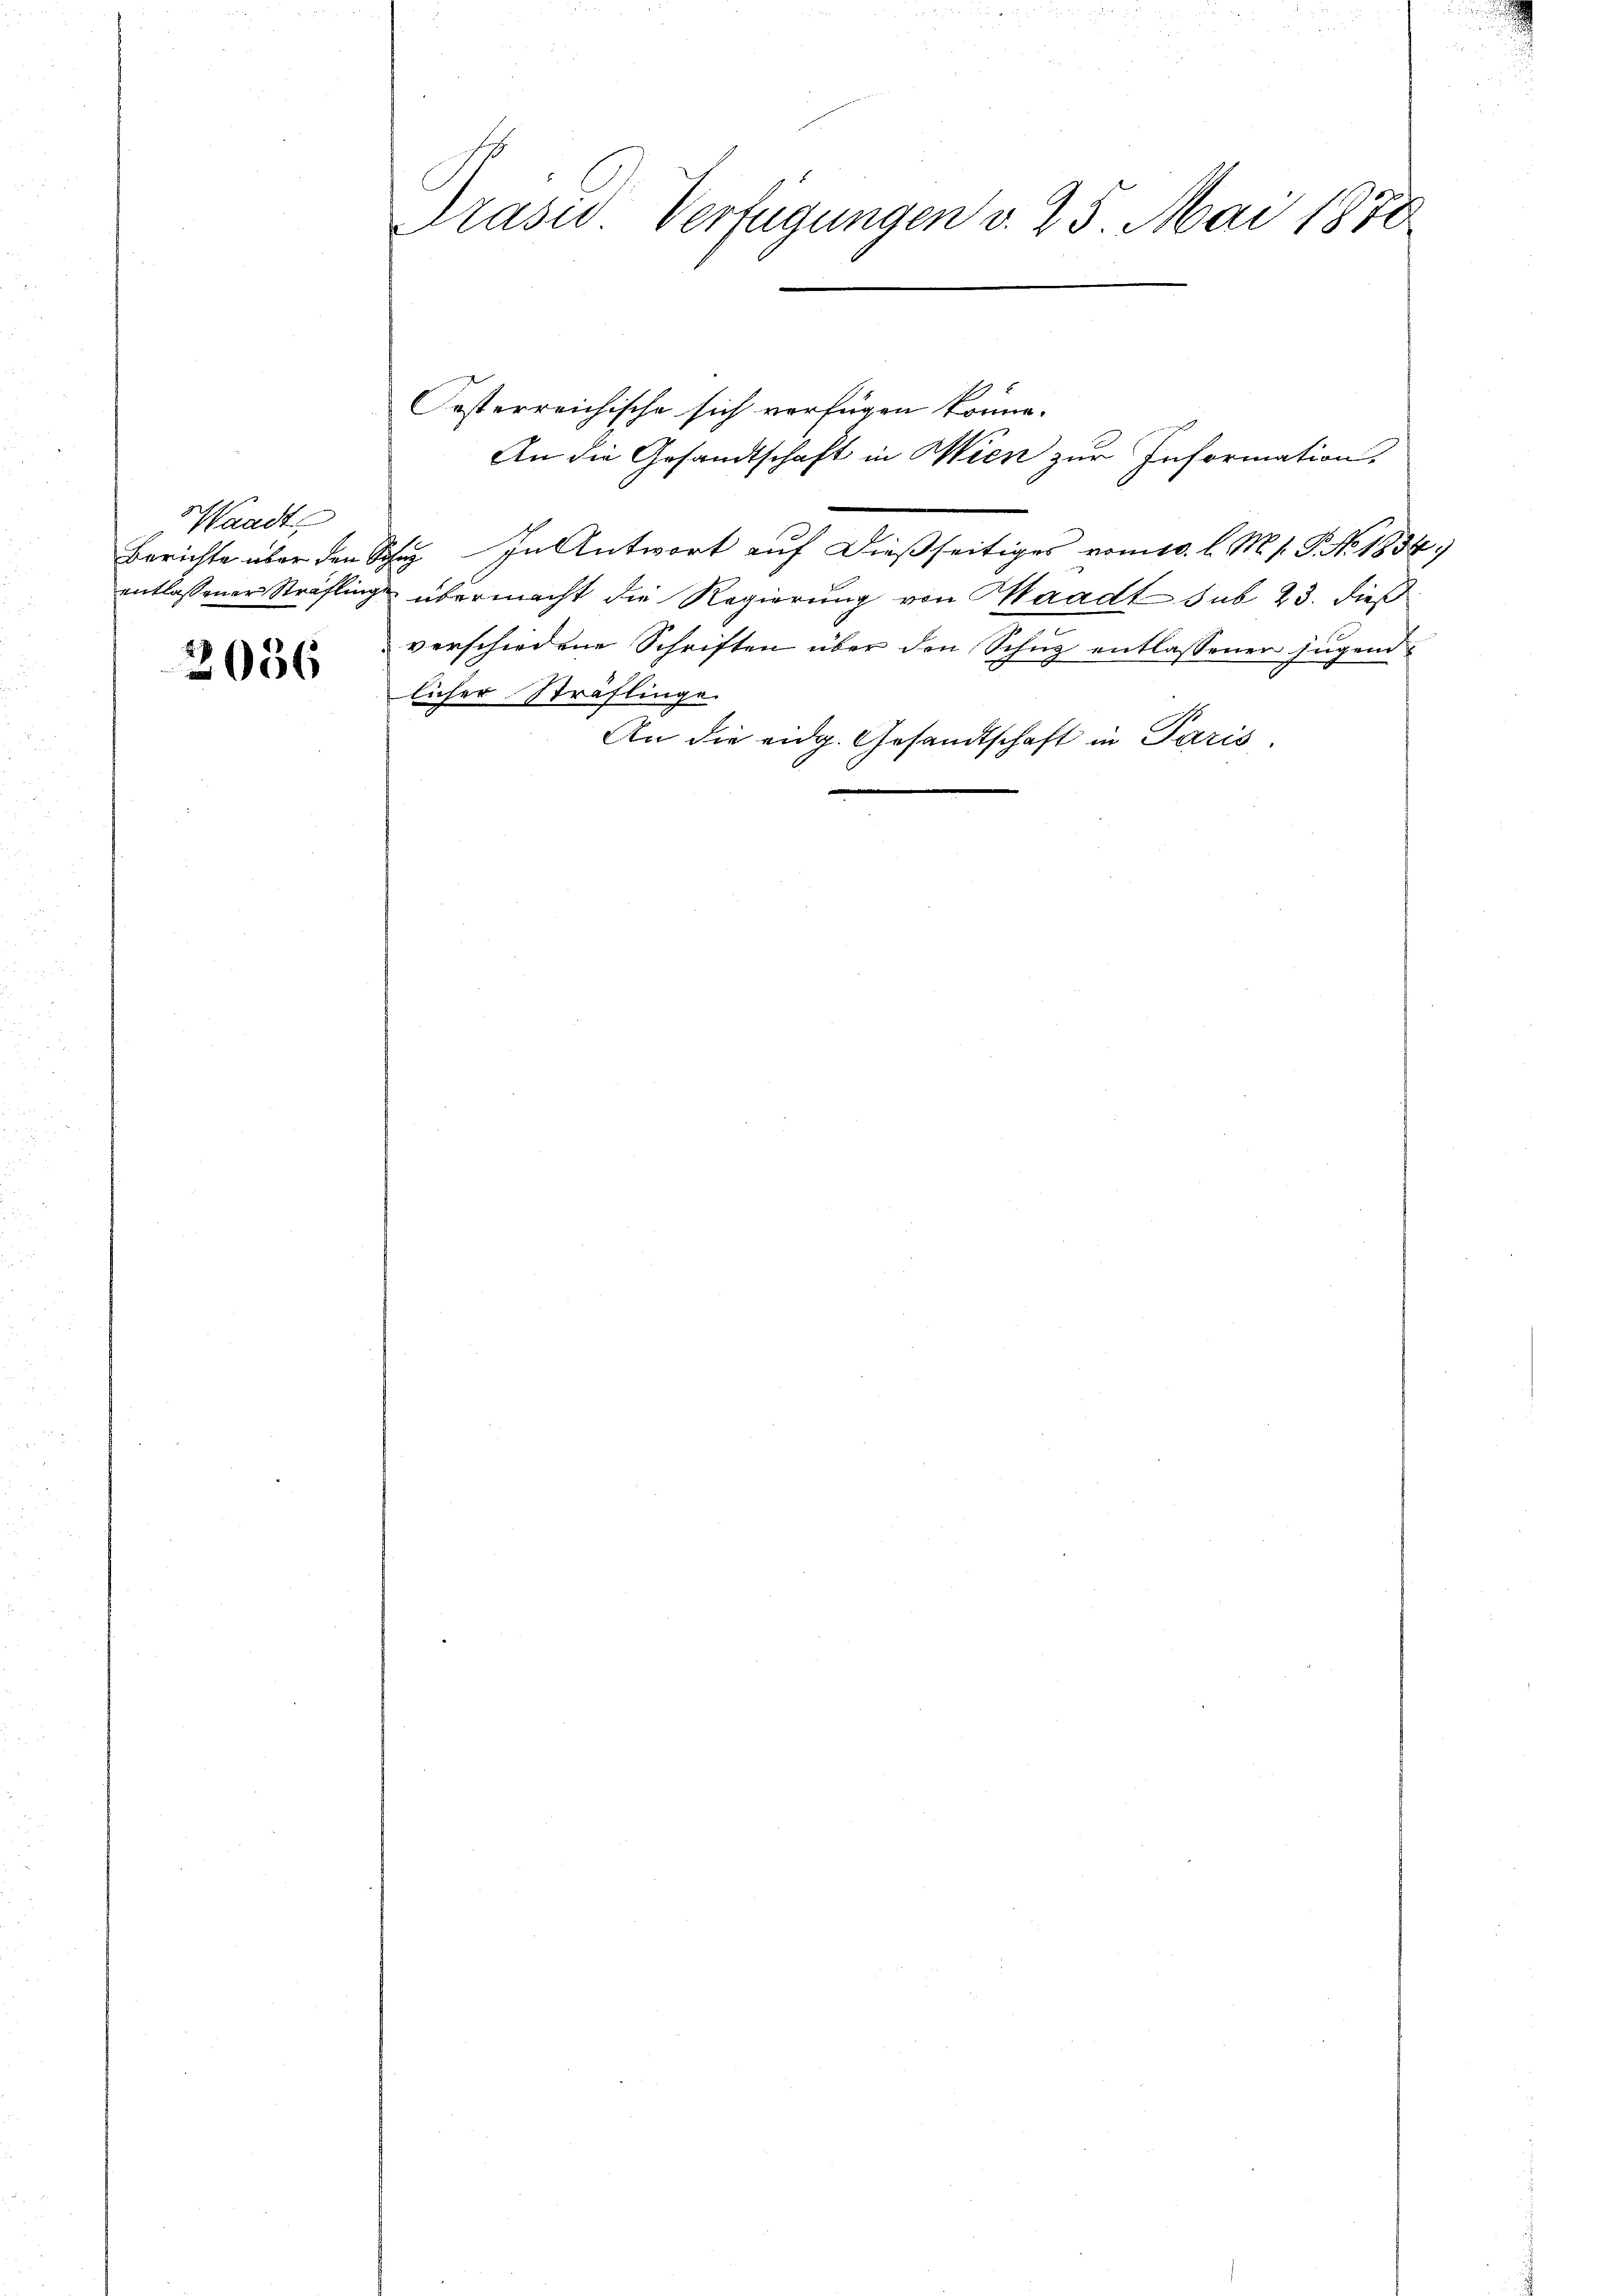
Waadt,

2056

Prasis Verfügungen v. 25. Mai 1878

1
Festerreichische sich verfügen könne.
An die Gesandtschaft in Wien zur Information.
Berichte über den Schuh  In Antwort auf dießseitiges vom 10. l. M. s. P. No. 1834.
entlassener Sträfling übermacht die Regierung von Waadt sub 23. dieß
verschiedene Schriften über den Schug entlassener jugend
licher Sträflinge
An die eidg. Gesandtschaft in Paris,